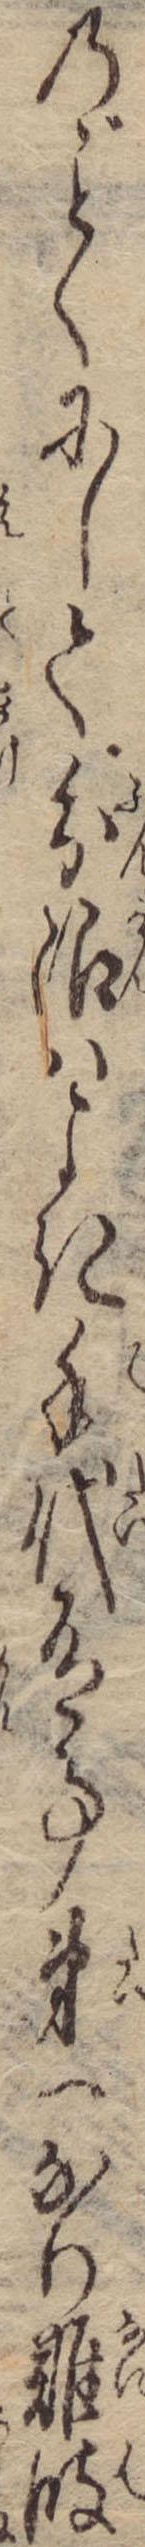
のくにして分限はよき手代有事第一なり難波